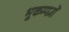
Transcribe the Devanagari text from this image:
भूकम्पज्ञों